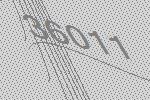
36011